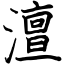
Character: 澶